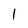
Character: 1